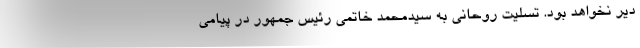
دیر نخواهد بود. تسلیت روحانی به سیدمحمد خاتمی رئیس جمهور در پیامی